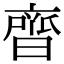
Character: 𮮼